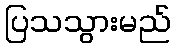
ပြသသွားမည်